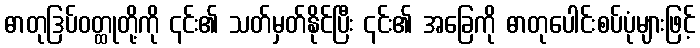
ဓာတုဒြပ်ဝတ္ထုတို့ကို ၎င်း၏ သတ်မှတ်နိုင်ပြီး ၎င်း၏ အခြေကို ဓာတုပေါင်းစပ်ပုံများဖြင့်